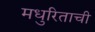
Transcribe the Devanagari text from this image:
मधुरिताची